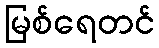
မြစ်ရေတင်